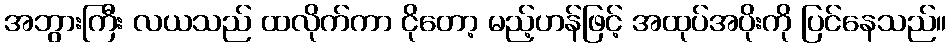
အဘွားကြီး လယသည် ထလိုက်ကာ ငိုတော့ မည့်ဟန်ဖြင့် အထုပ်အပိုးကို ပြင်နေသည်။